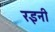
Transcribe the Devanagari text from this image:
रइनी